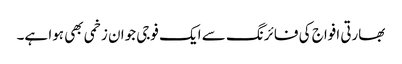
بھارتی افواج کی فائرنگ سے ایک فوجی جوان زخمی بھی ہوا ہے۔